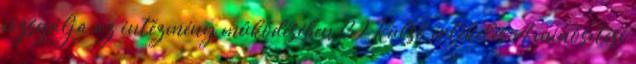
vizsgálja az intézmény működésében 132 Külső értékelés A minősítési